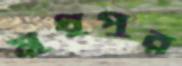
মুধুপুর